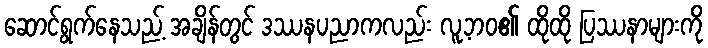
ဆောင်ရွက်နေသည့် အချိန်တွင် ဒဿနပညာကလည်း လူ့ဘဝ၏ ထိုထို ပြဿနာများကို